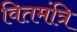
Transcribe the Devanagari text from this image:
वितमंत्रि